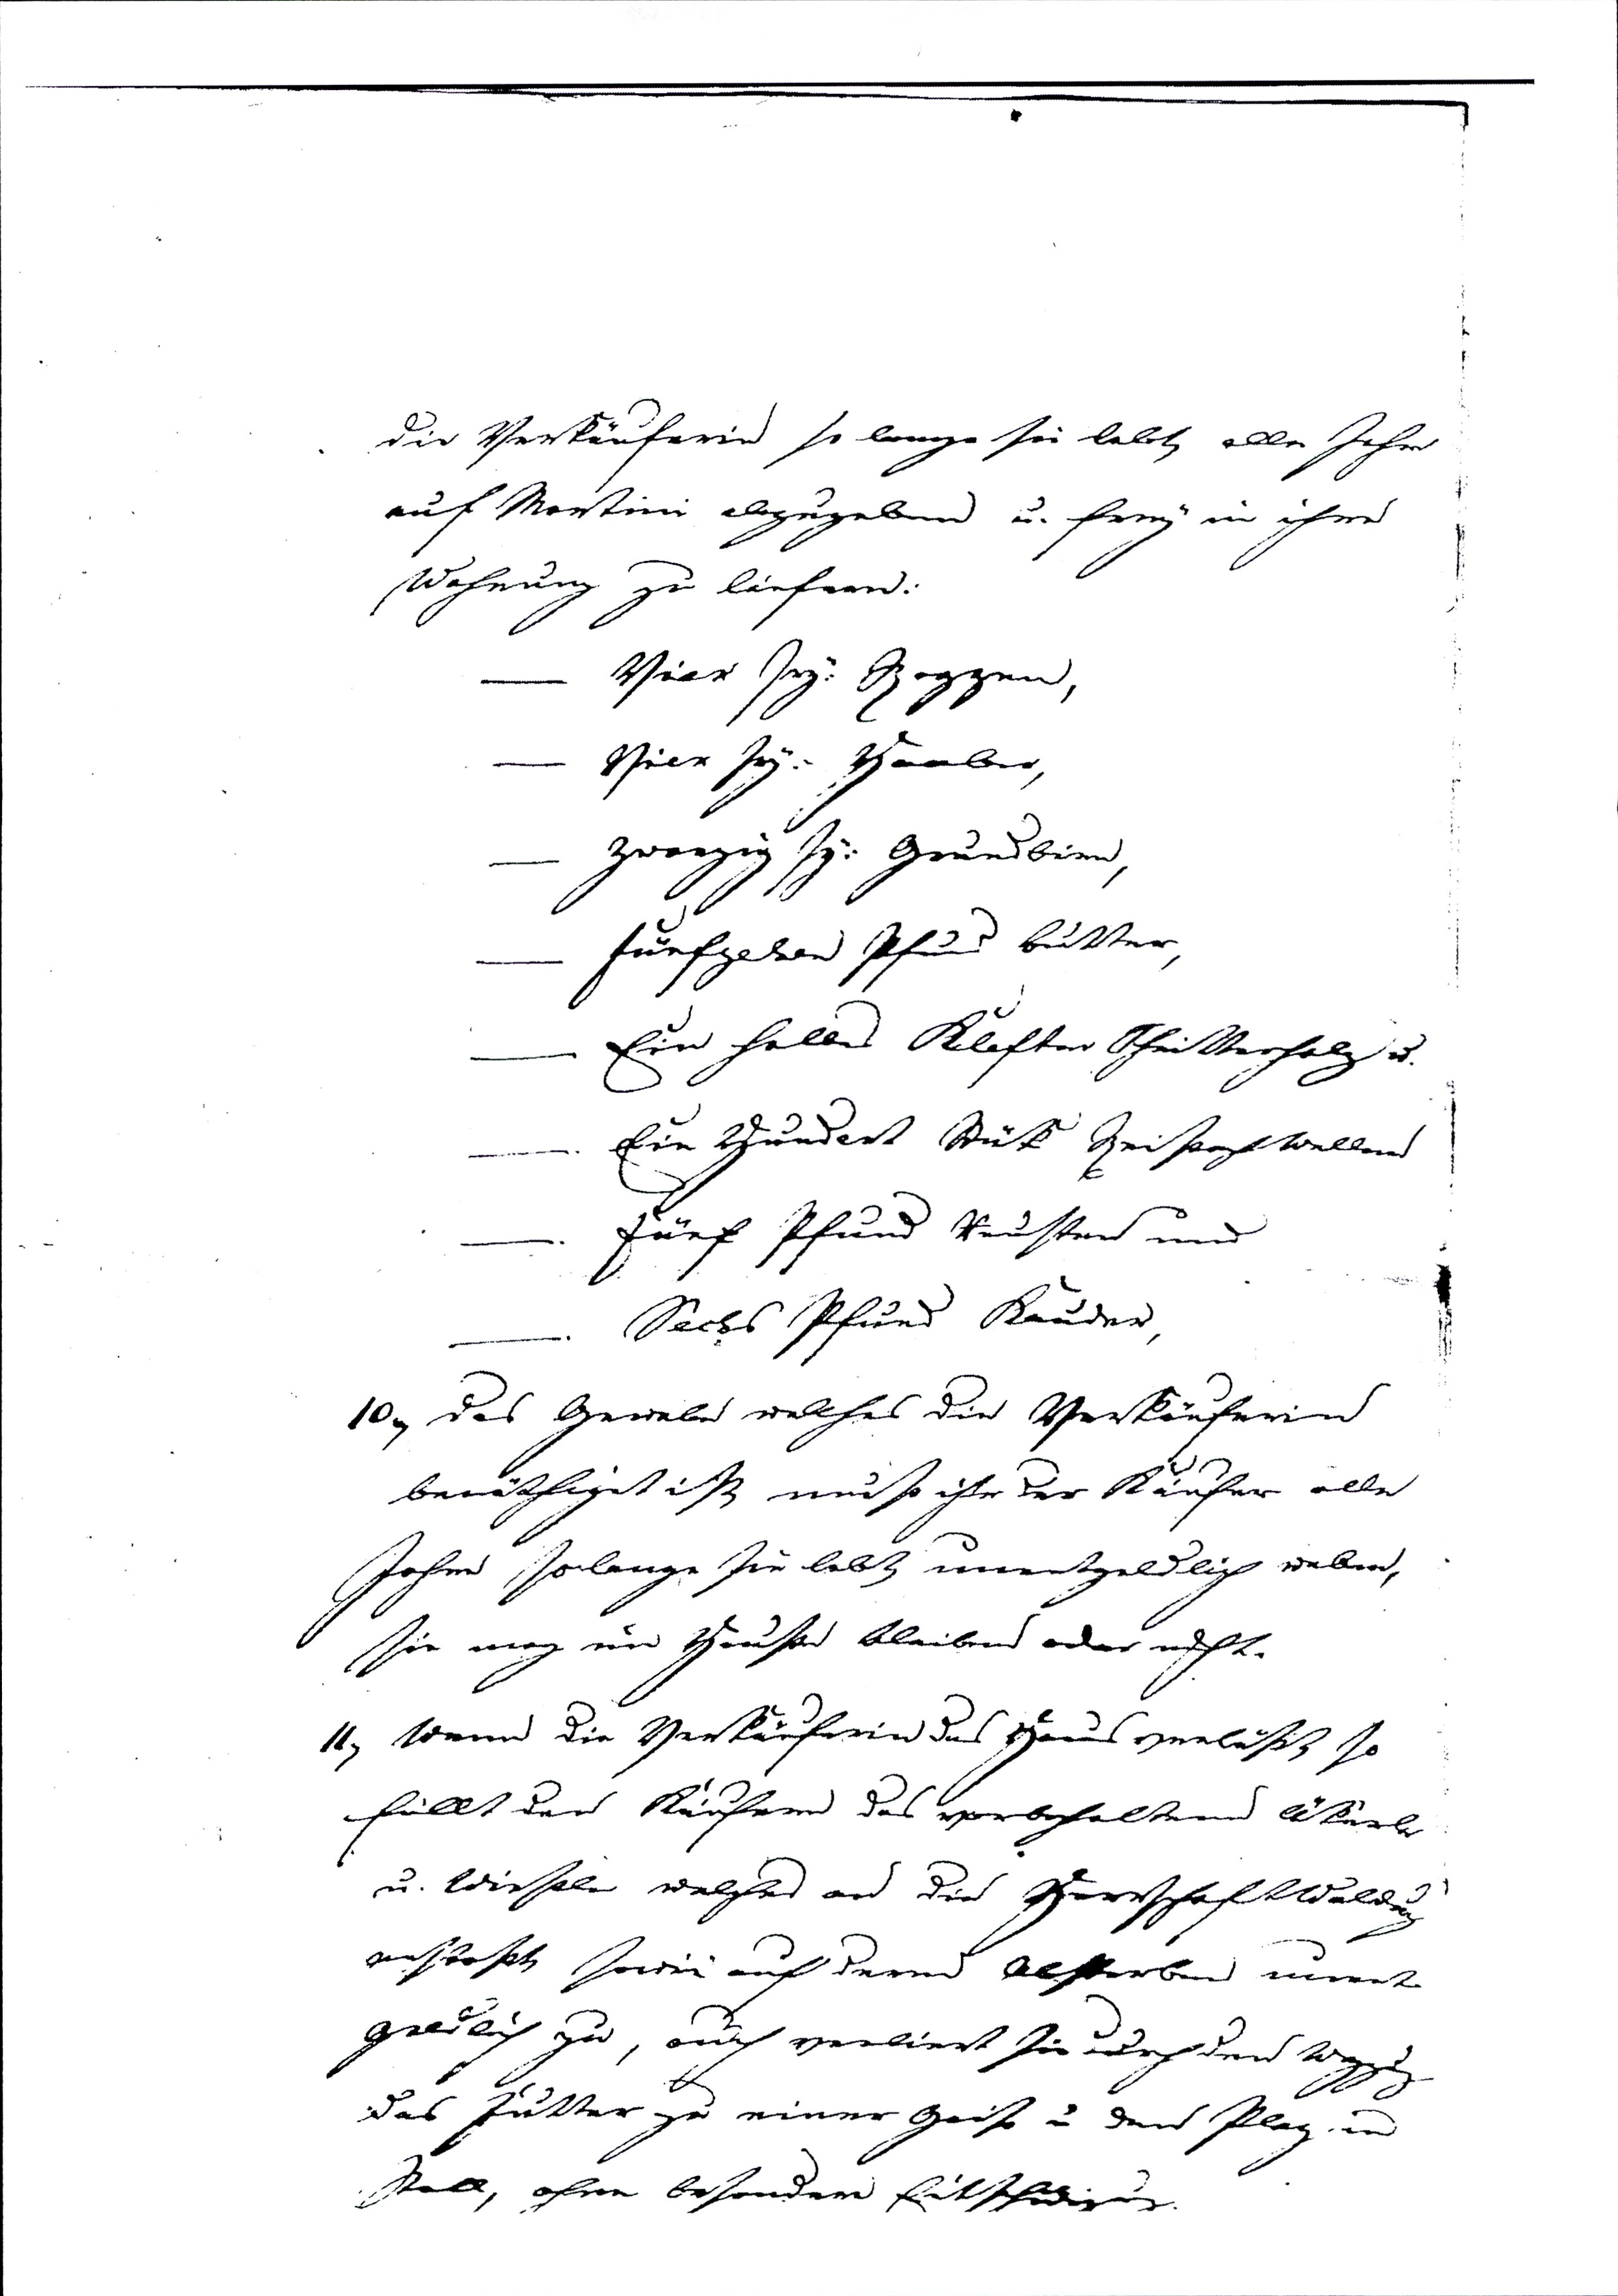
die Verkäuferin so lange sie lebt alle Jahre
auf Martini abzugeben u. frey in ihre
Wohnung zu liefern:
— Vier sy: Roggen,
— Vier sy: Haaber,
— Zwanzig sy: Grundbirn,
— fünfzehen Pfund Butter,
— Ein halbes Klafter Scheitterholz u.
— Ein Hundert Stük Heiß
— Fünf Pfund Reusten und
— Sechs Pfund Kauder,
10) das Gewebe welches die Verkäuferin
benöthiget ist muß ihr der Kaufer alle
Jahre solange sie lebt unentgeldlich weben,
sie mag im Hause bleiben oder nicht.
11) Wenn die Verkäuferin das Haus verläßt so
fällt den Käufern das vorbehaltene Äkerle
u. Wiesele welches an die Herrschaftwaldung
anstoset sowie auf deren Absterben unent¬
geldlich zu, auch verliert sie nach dem Wegzug
das Futter zu einer Geiß u den Plaz im
Stall, ohne besondere Entschädigung.